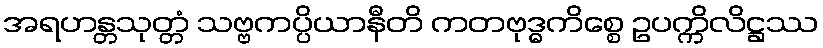
အရဟန္တသုတ္တံ သဗ္ဗကပ္ပိယာနီတိ ကတဗုဒ္ဓကိစ္စေ ဥပက္ကိလိဋ္ဌဿ